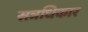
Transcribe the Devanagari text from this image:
सत्रधिकार